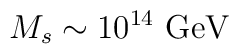
M_s \sim 10^{14}~ {\rm GeV}